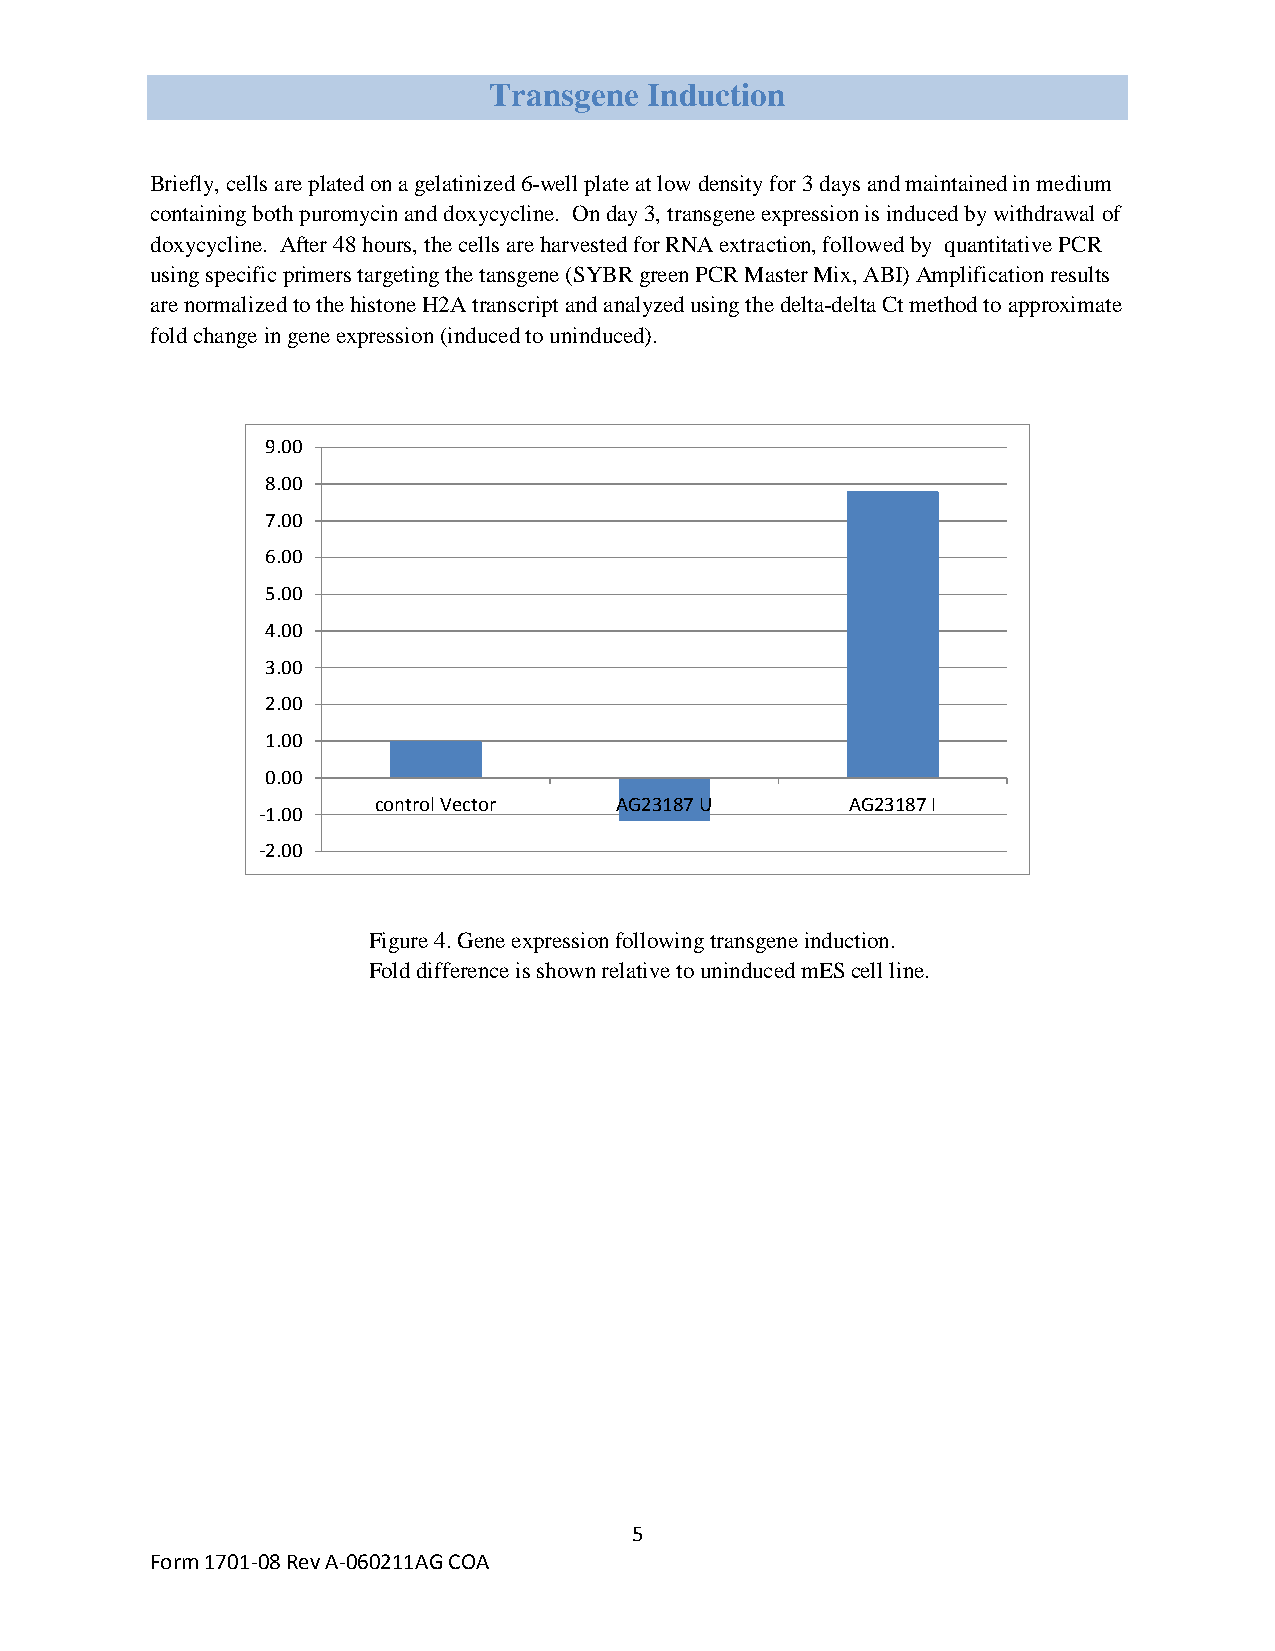
Transgene  Induction
 Briefly, cells are plated on a gelatinized 6-well plate at low density for 3 days and maintained in medium
 containing both puromycin and doxycycline. On day 3, transgene expression is induced by withdrawal of
 doxycycline. After 48 hours, the cells are harvested for RNA extraction, followed by quantitative PCR
 using specific primers targeting the tansgene (SYBR green PCR Master Mix, ABI) Amplification results
 are normalized to the histone H2A transcript and analyzed using the delta-delta Ct method to approximate
 fold change in gene expression (induced to uninduced).
 9.00
 8.00
 7.00
 6.00
 5.00
 4.00
 3.00
 2.00
 1.00
 0.00
 control Vector  AG23187 U      AG23187 I
 -1.00
 -2.00
 Figure 4. Gene expression following transgene induction.
 Fold difference is shown relative to uninduced mES cell line.
 5
 Form 1701-08 Rev A-060211AG COA